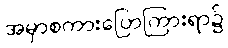
အမှာစကားပြောကြားရာ၌